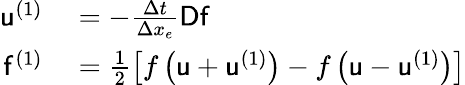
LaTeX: \begin{array}{rl}{\mathsf{u}^{(1)}}&{{}=-\frac{\Delta t}{\Delta x_{e}}\mathsf{D}\mathsf{f}}\\ {\mathsf{f}^{(1)}}&{{}=\frac{1}{2}\left[f\left(\mathsf{u}+\mathsf{u}^{(1)}\right)-f\left(\mathsf{u}-\mathsf{u}^{(1)}\right)\right]}\end{array}